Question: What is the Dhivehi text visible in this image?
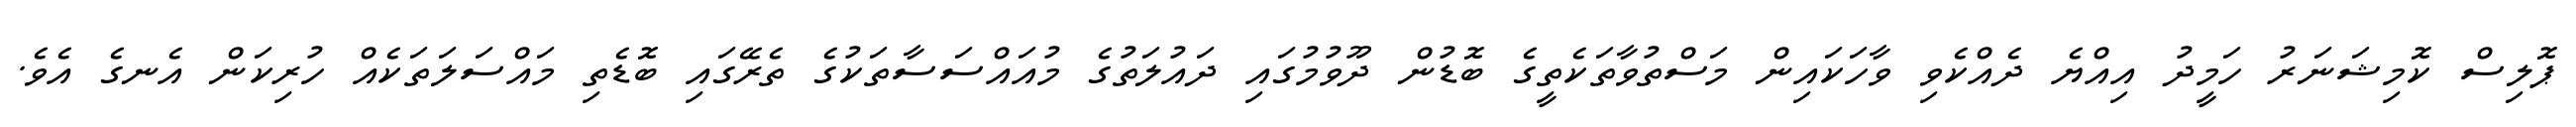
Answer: ޕޮލިސް ކޮމިޝަނަރު ހަމީދު އިއްޔެ ދެއްކެވި ވާހަކައިން މަސްތުވާތަކެތީގެ ބޮޑުން ދޫވުމުގައި ދައުލަތުގެ މުއައްސަސާތަކުގެ ތެރޭގައި ބޮޑެތި މައްސަލަތަކެއް ހުރިކަން އެނގެ އެވެ.